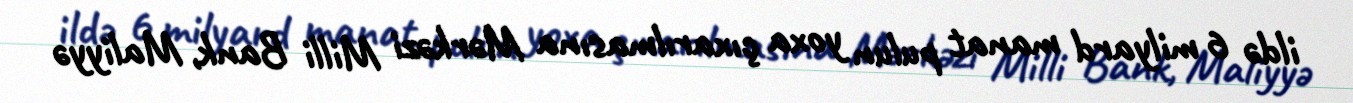
ildə 6 milyard manat pulun yoxa çıxarılmasına Mərkəzi Milli Bank, Maliyyə